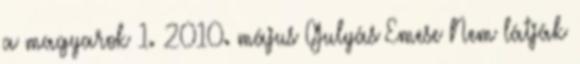
a magyarok 1. 2010. május Gulyás Emese Nem látják